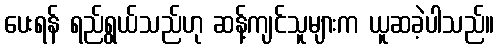
ပေးရန် ရည်ရွယ်သည်ဟု ဆန့်ကျင်သူများက ယူဆခဲ့ပါသည်။